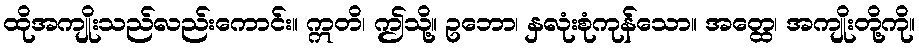
ထိုအကျိုးသည်လည်းကောင်း။ ဣတိ၊ ဤသို့။ ဥဘော၊ နှလုံးစုံကုန်သော။ အတ္ထေ၊ အကျိုးတို့ကို။